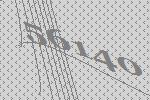
56140